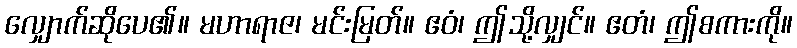
လျှောက်ဆိုပေ၏။ မဟာရာဇ၊ မင်းမြတ်။ ဧဝံ၊ ဤသို့လျှင်။ ဧတံ၊ ဤစကားကို။